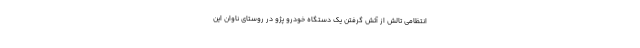
انتظامی تالش از آتش گرفتن یک دستگاه خودرو پژو در روستای ناوان این